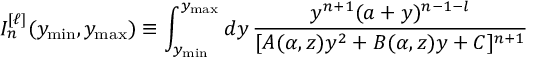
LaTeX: I _ { n } ^ { [ \ell ] } ( y _ { \mathrm { m i n } } , y _ { \mathrm { m a x } } ) \equiv \int _ { y _ { \mathrm { m i n } } } ^ { y _ { \mathrm { m a x } } } d y \, \frac { y ^ { n + 1 } ( a + y ) ^ { n - 1 - l } } { [ A ( \alpha , z ) y ^ { 2 } + B ( \alpha , z ) y + C ] ^ { n + 1 } }